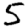
Digit: 5